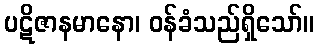
ပဋိဇာနမာနော၊ ဝန်ခံသည်ရှိသော်။